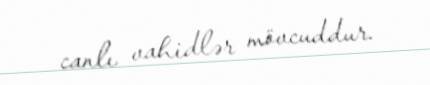
canlı vahidlər mövcuddur.